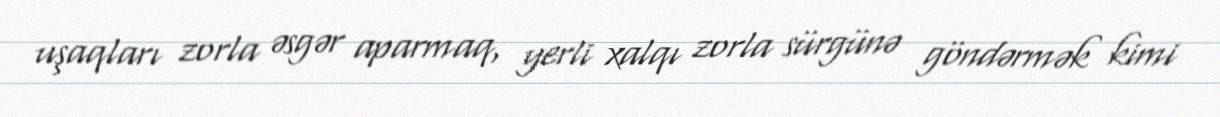
uşaqları zorla əsgər aparmaq, yerli xalqı zorla sürgünə göndərmək kimi